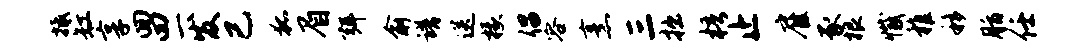
抵缸享回四一发已狐眉弭俞谱送椽倡容烹三拙梧止雇豕根撼稚移脂任